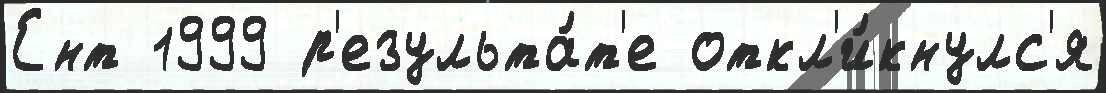
Ент 1999 р'езульта́т'е откл'и́кнулс'я